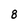
Character: 8